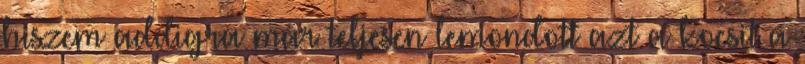
hiszem addigra már teljesen lemondott azt a kocsit a